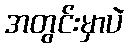
အတွင်းမှာပဲ